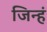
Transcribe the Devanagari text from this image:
जिन्हं